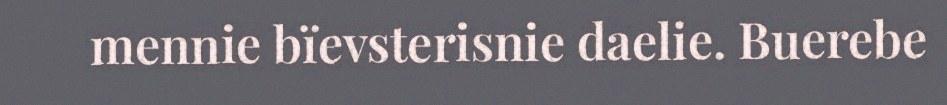
mennie bïevsterisnie daelie. Buerebe